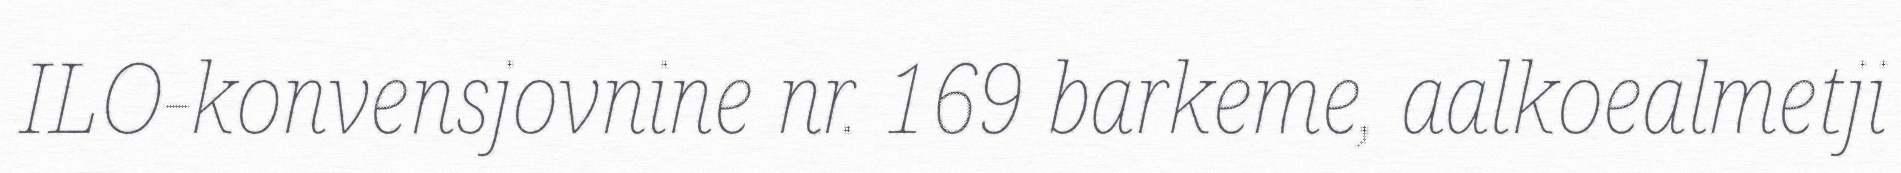
ILO-konvensjovnine nr. 169 barkeme, aalkoealmetji